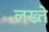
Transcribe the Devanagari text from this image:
लख्ते